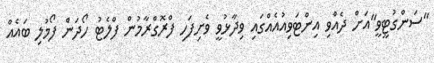
"ސަންގުޓީވީ"އަށް ދެއްވި އިންޓަވިއުއެއްގައި ވިދާޅުވީ ވެށިފަހި ފްރޮގްރާމުން ފްލެޓު ހޯދަން ފޯމުލި ބައެއް